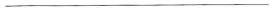
___